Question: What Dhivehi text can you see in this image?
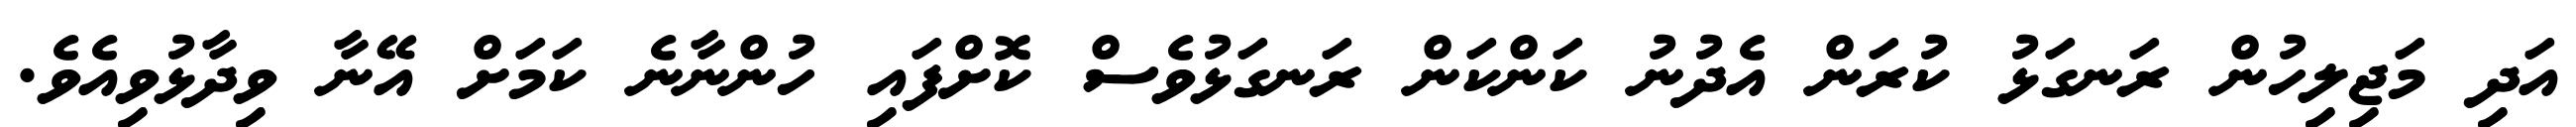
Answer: އަދި މަޖިލިހުން ރަނގަޅު ކުރަން އެދުނު ކަންކަން ރަނގަޅުވެސް ކޮށްފައި ހުންނާނެ ކަމަށް އޭނާ ވިދާޅުވިއެވެ.